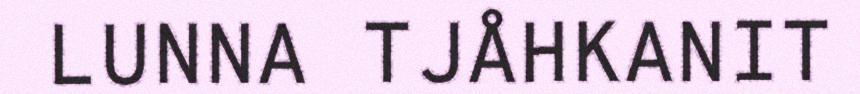
LUNNA TJÅHKANIT